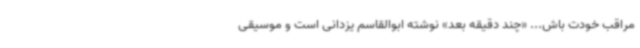
مراقب خودت باش... «چند دقیقه بعد» نوشته ابوالقاسم یزدانی است و موسیقی